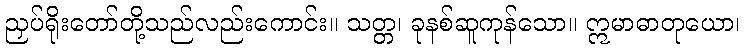
ညှပ်ရိုးတော်တို့သည်လည်းကောင်း။ သတ္တ၊ ခုနစ်ဆူကုန်သော။ ဣမာဓာတုယော၊